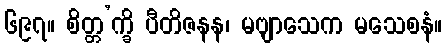
၆၉၇။ စိတ္တ’က္ခိ ပီတိဇနန၊ မဗျာသေက မသေစနံ။